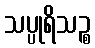
သပ္ပုရိသဉ္စ